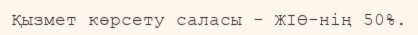
Қызмет көрсету саласы - ЖІӨ-нің 50%.